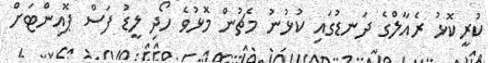
ކުރީކޮޅު ރެއާލްގެ ދަނޑުގައި ކުޅުނު މެޗުން މޮޅުވެ ހޯދި ލީޑު ފަސް ޕޮއިންޓަށް